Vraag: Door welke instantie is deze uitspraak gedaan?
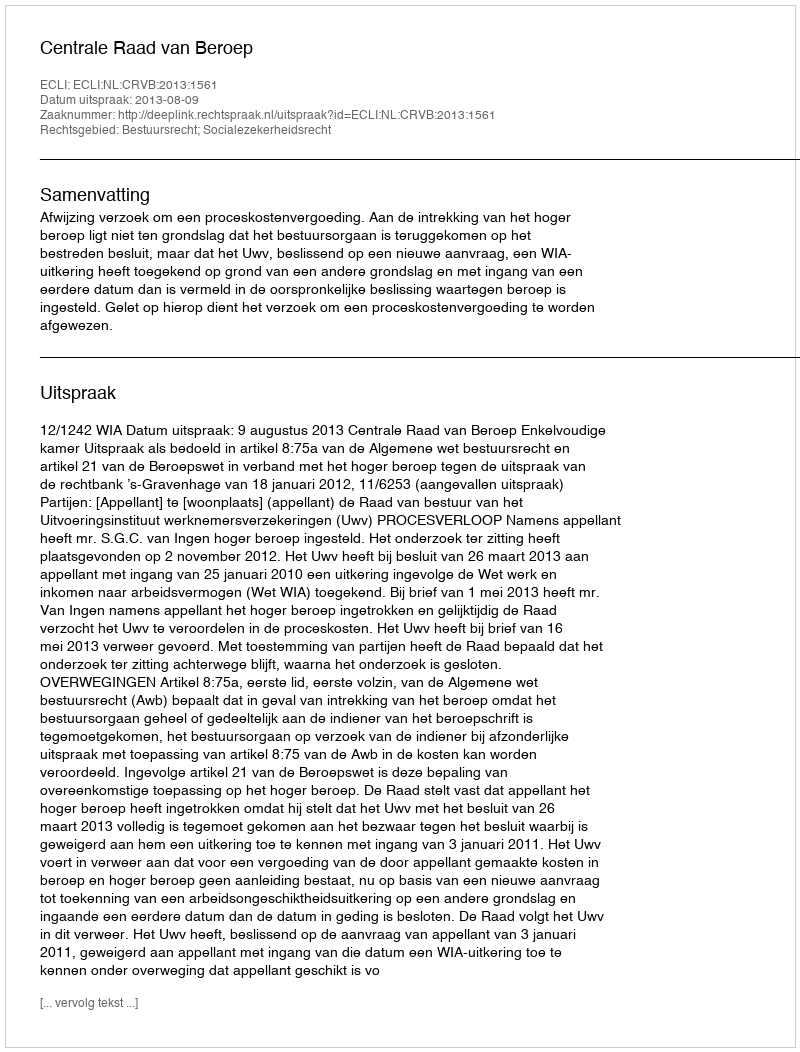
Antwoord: Centrale Raad van Beroep